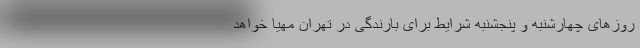
روز‌های چهارشنبه و پنجشنبه شرایط برای بارندگی در تهران مهیا خواهد